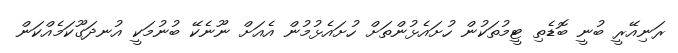
ރަނިއޭރީ ބުނީ ބޮޑެތި ޓީމުތަކުން ހުށައެޅުންތަށް ހުށައެޅުމުން އެއަށް ނޫނެކޭ ބުނުމަކީ އުނދަގޫކަމެއްކަން